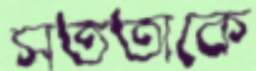
সততাকে